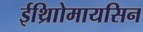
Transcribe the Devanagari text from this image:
ईथ्राोिमायसिन